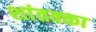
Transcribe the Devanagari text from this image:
शांतक्का